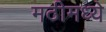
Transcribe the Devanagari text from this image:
मठीमध्ये